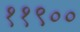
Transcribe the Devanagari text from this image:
११९००